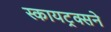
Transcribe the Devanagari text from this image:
स्कायट्रक्सने